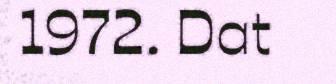
1972. Dat